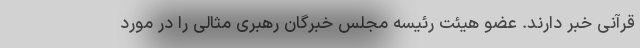
قرآنی خبر دارند. عضو هیئت رئیسه مجلس خبرگان رهبری مثالی را در مورد